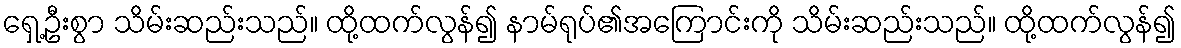
ရှေ့ဦးစွာ သိမ်းဆည်းသည်။ ထို့ထက်လွန်၍ နာမ်ရုပ်၏အကြောင်းကို သိမ်းဆည်းသည်။ ထို့ထက်လွန်၍